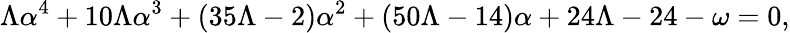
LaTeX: \Lambda\alpha^{4}+10\Lambda\alpha^{3}+\left(35\Lambda-2\right)\alpha^{2}+\left(50\Lambda-14\right)\alpha+24\Lambda-24-\omega=0,